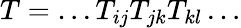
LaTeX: T=\dots T_{ij}T_{jk}T_{kl}\dots